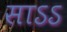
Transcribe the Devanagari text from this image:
साऽऽ